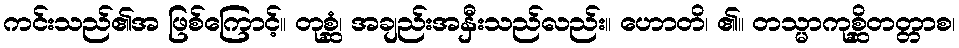
ကင်းသည်၏အ ဖြစ်ကြောင့်။ တုစ္ဆံ၊ အချည်းအနှီးသည်လည်း။ ဟောတိ၊ ၏။ တသ္မာကုစ္ဆိတတ္တာစ၊